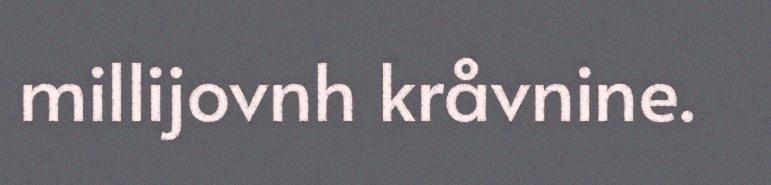
millijovnh kråvnine.